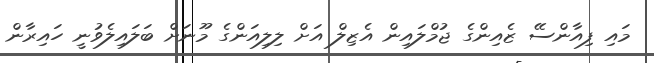
މައި ފިއާންސޭ ޒެއިންގެ ޖުމްލައިން އެޒިލް އަށް ލިލިއަންގެ މޫނަށް ބަލައިލެވުނީ ހައިރާން